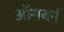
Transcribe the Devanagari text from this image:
ऑगबर्न